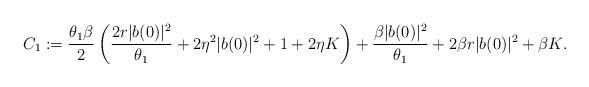
LaTeX: \begin{gather*} C_1:=\frac{\theta_{1}\beta}{2} \left(\frac{2r|b(0)|^{2}}{\theta_{1}}+2\eta^{2}|b(0)|^{2}+1+2\eta K\right)+ \frac{\beta|b(0)|^{2}}{\theta_{1}}+2\beta r|b(0)|^{2}+\beta K.\end{gather*}